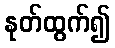
နုတ်ထွက်၍